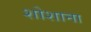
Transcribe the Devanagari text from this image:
शोशाना